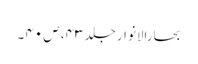
بحارالانوار جلد ۴۳، ص ۴۰ ۔